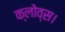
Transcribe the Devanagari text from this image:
क्लोव्स।